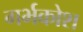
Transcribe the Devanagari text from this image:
गर्भकोश